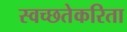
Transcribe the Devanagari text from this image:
स्वच्छतेकरिता